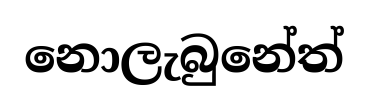
නොලැබුනේත්